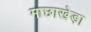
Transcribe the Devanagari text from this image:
माछाखेड़ा